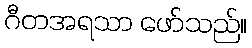
ဂီတအရသာ ဖော်သည်။